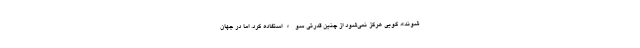
شوند»، گویی هرگز نمی‌شود از چنین قدرتی سوءاستفاده کرد. اما در جهان